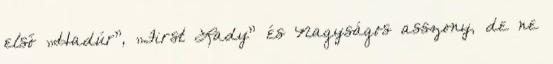
első „Hadúr”, „First Lady” és Nagyságos asszony, de ne